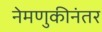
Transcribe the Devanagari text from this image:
नेमणुकीनंतर